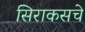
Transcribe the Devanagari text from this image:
सिराकसचे